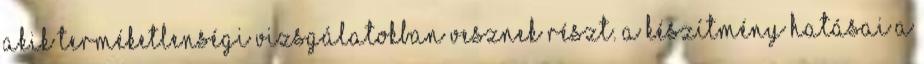
akik terméketlenségi vizsgálatokban vesznek részt. A készítmény hatásai a